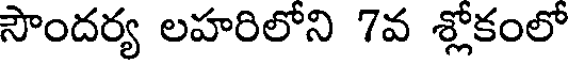
సౌందర్య లహరిలోని 7వ శ్లోకంలో